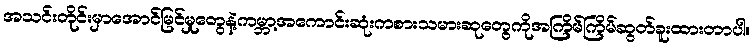
အသင်းတိုင်းမှာအောင်မြင်မှုတွေနဲ့ကမ္ဘာ့အကောင်းဆုံးကစားသမားဆုတွေကိုအကြိမ်ကြိမ်ဆွတ်ခူးထားတာပါ။